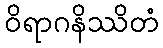
ဝိရာဂနိဿိတံ